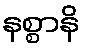
နစ္စာနိ